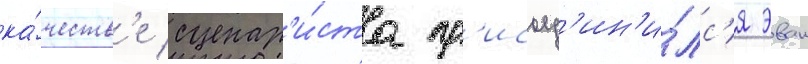
ка́честв'е сценар'и́ста пр'исоед'ин'и́лс'я эван